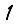
Digit: 1